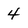
Character: 4